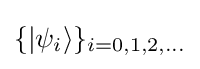
\{|\psi _{i}\rangle \}_{i=0,1,2,\dots }